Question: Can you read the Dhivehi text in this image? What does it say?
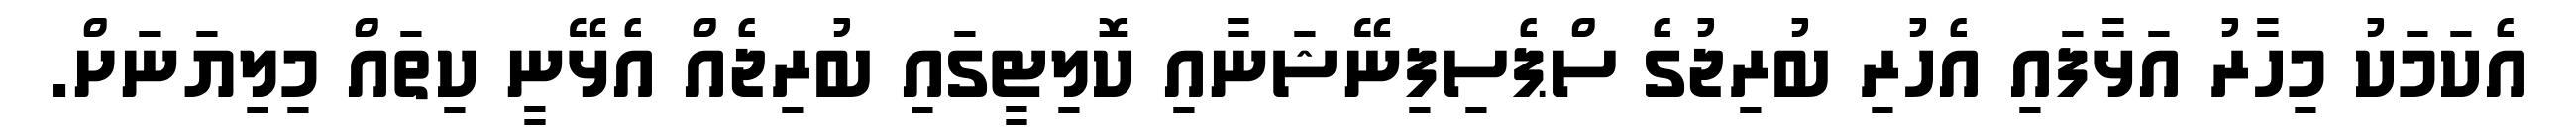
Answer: އެކަމަކު މިހާރު އަޅާފައި އެހުރި ބުރިޖުގެ ސްޕެސިފިނޭޝަނާއި ކޮލިޓީގައި ބުރިޖެއް އެޅޭނީ ކިތައް މިލިޔަނަށް.